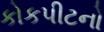
કોકપીટનો